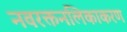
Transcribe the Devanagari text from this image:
नवरक्तनलिकाकरण